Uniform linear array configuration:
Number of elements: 16
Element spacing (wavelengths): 0.5
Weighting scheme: exponential
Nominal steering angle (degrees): -30
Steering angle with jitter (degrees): -30.699
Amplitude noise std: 0.05
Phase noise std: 0.05

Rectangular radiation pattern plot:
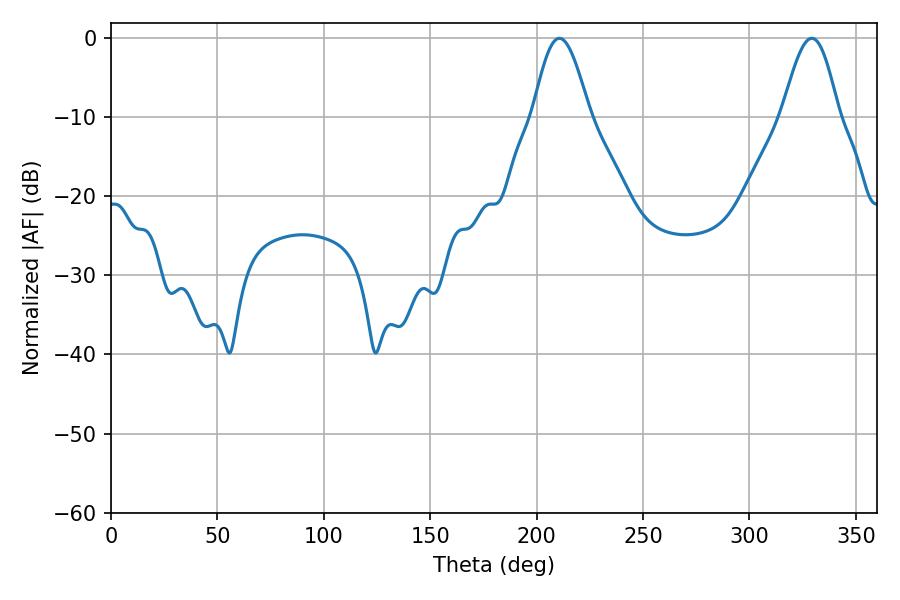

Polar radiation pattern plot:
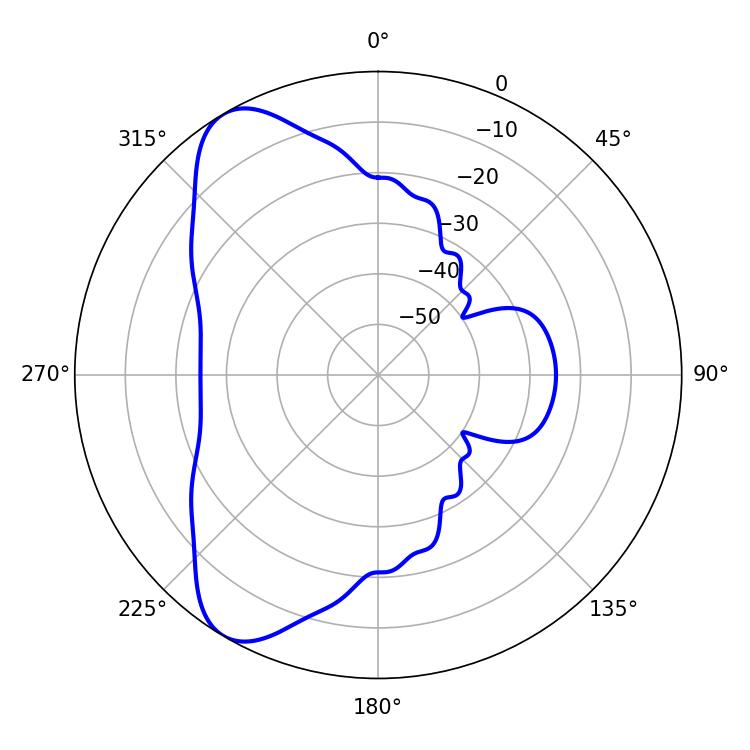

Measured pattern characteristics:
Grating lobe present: FALSE
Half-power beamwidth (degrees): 14.22
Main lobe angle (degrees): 210.78